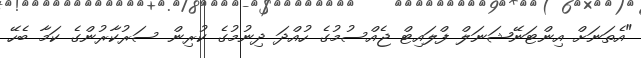
"އެތަނަށް އިންޓަނޭޝަނަލް ފްލައިޓް ޖެއްސުމުގެ ހުއްދަ ދިނުމުގެ ކުރިން ސަރުކާރުންގެ ކަމާ ބެހޭ